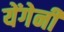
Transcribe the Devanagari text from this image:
येंगेनी